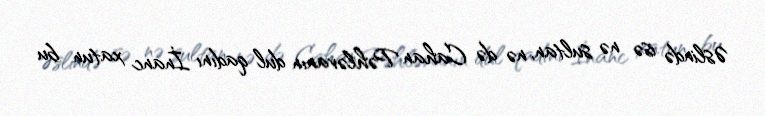
Əslində isə nə sultan, nə də Cahan Pəhləvanın dul qadını İnanc xatun bu